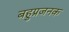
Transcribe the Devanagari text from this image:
बहुप्रजनक